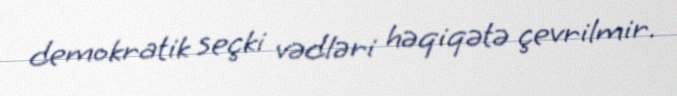
demokratik seçki vədləri həqiqətə çevrilmir.